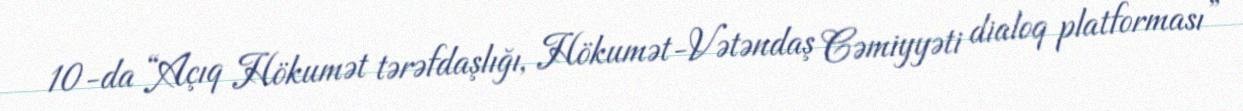
10-da “Açıq Hökumət tərəfdaşlığı, Hökumət-Vətəndaş Cəmiyyəti dialoq platforması”